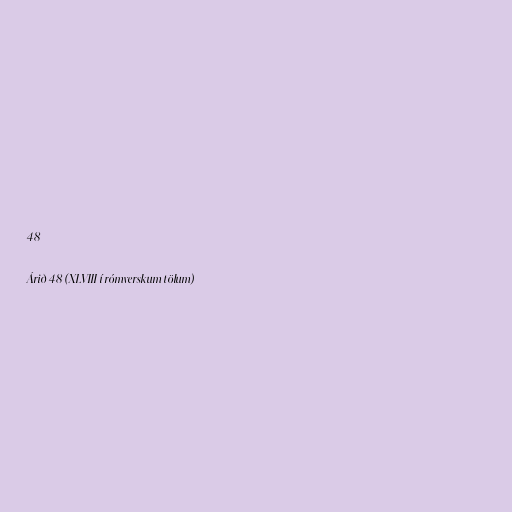
48

Árið 48 (XLVIII í rómverskum tölum)